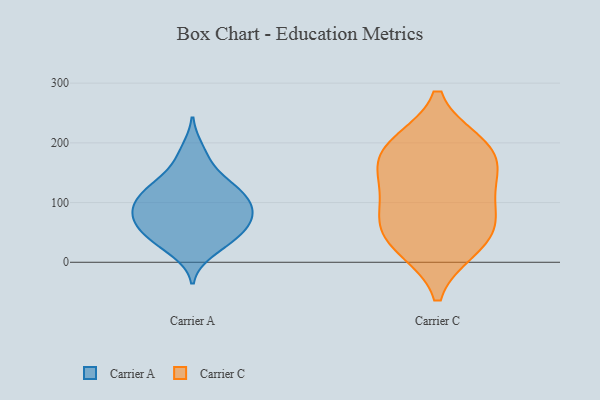
{"axis": {"x": "Backlog", "y": "Value"}, "legend": ["Carrier A", "Carrier C"], "data": [{"x": "", "y": 83, "type": "Carrier A"}, {"x": "", "y": 50, "type": "Carrier A"}, {"x": "", "y": 130, "type": "Carrier A"}, {"x": "", "y": 81, "type": "Carrier A"}, {"x": "", "y": 63, "type": "Carrier A"}, {"x": "", "y": 166, "type": "Carrier A"}, {"x": "", "y": 132, "type": "Carrier A"}, {"x": "", "y": 94, "type": "Carrier A"}, {"x": "", "y": 114, "type": "Carrier A"}, {"x": "", "y": 84, "type": "Carrier A"}, {"x": "", "y": 124, "type": "Carrier A"}, {"x": "", "y": 189, "type": "Carrier A"}, {"x": "", "y": 112, "type": "Carrier A"}, {"x": "", "y": 18, "type": "Carrier A"}, {"x": "", "y": 31, "type": "Carrier A"}, {"x": "", "y": 36, "type": "Carrier A"}, {"x": "", "y": 55, "type": "Carrier A"}, {"x": "", "y": 94, "type": "Carrier A"}, {"x": "", "y": 62, "type": "Carrier A"}, {"x": "", "y": 148, "type": "Carrier C"}, {"x": "", "y": 72, "type": "Carrier C"}, {"x": "", "y": 199, "type": "Carrier C"}, {"x": "", "y": 200, "type": "Carrier C"}, {"x": "", "y": 164, "type": "Carrier C"}, {"x": "", "y": 190, "type": "Carrier C"}, {"x": "", "y": 67, "type": "Carrier C"}, {"x": "", "y": 22, "type": "Carrier C"}, {"x": "", "y": 55, "type": "Carrier C"}, {"x": "", "y": 132, "type": "Carrier C"}, {"x": "", "y": 105, "type": "Carrier C"}, {"x": "", "y": 22, "type": "Carrier C"}]}